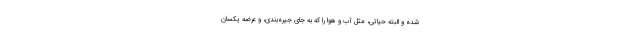
شده و البته حیاتی، مثل آب و هوا را که به جای جیره‌بندی، و عرضه یکسان